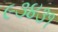
૯૩૪૩૧